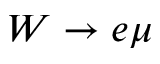
W \to e \mu